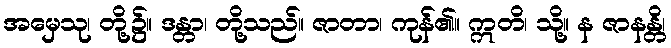
အမှေသု၊ တို့၌။ ဒန္တာ၊ တို့သည်။ ဇာတာ၊ ကုန်၏။ ဣတိ၊ သို့။ န ဇာနန္တိ၊